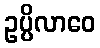
ဥပ္ပိလာဝေ